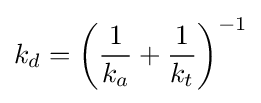
k_{d}=\left({\frac {1}{k_{a}}}+{\frac {1}{k_{t}}}\right)^{-1}